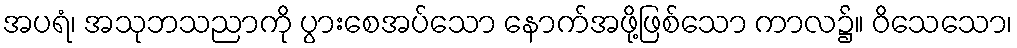
အပရံ၊ အသုဘသညာကို ပွားစေအပ်သော နောက်အဖို့ဖြစ်သော ကာလ၌။ ဝိသေသော၊